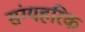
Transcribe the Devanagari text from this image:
संग्यहरिक